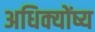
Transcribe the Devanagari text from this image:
अधिक्योंष्य